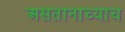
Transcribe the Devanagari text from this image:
असतानाच्याच